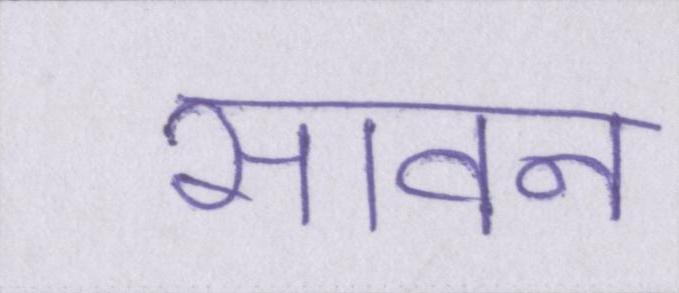
सावन